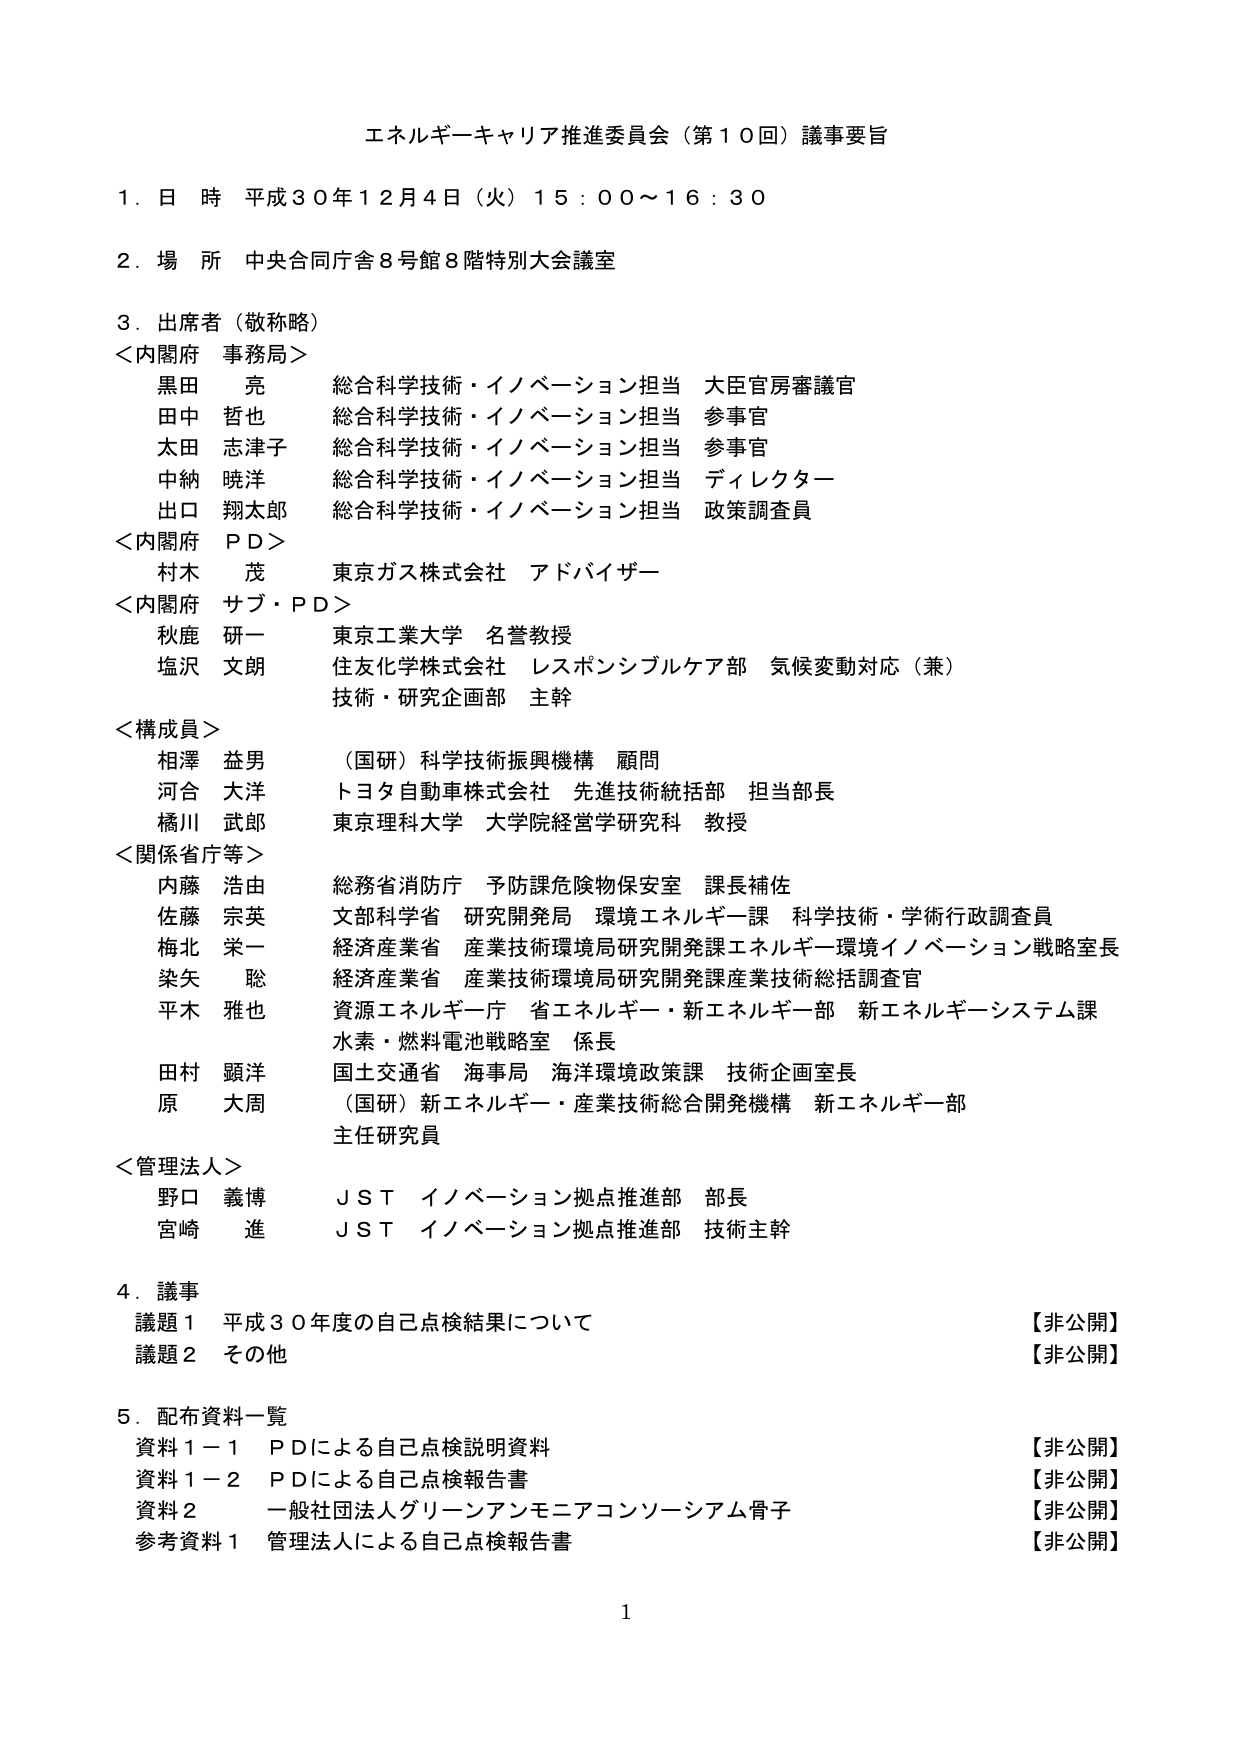
エネルギーーキャリア推進委員会（第１０回）議事要旨

１．日 時 平成３０年１２月４日（火）１５：００～１６：３０

２．場 所 中央合同庁舎８号館８階特別大会議室

３．出席者（敬称略）
＜内閣府 事務局＞
黒田 亮 総合科学技術・イノベーション担当 大臣官房審議官
田中 哲也 総合科学技術・イノベーション担当 参事官
太田 志津子 総合科学技術・イノベーション担当 参事官
中納 暁洋 総合科学技術・イノベーション担当 ディレクター
出口 翔太郎 総合科学技術・イノベーション担当 政策調査員

＜内閣府 ＰＤ＞
村木 茂 東京ガス株式会社 アドバイザー

＜内閣府 サブ・ＰＤ＞
秋鹿 研一 東京工業大学 名誉教授
塩沢 文朗 住友化学株式会社 レスポンシブルケア部 気候変動対応（兼）技術・研究企画部 主幹

＜構成員＞
相澤 益男 （国研）科学技術振興機構 顧問
河合 大洋 トヨタ自動車株式会社 先進技術統括部 担当部長
橘川 武郎 東京理科大学 大学院経営学研究科 教授

＜関係省庁等＞
内藤 浩由 総務省消防庁 予防課危険物保安室 課長補佐
佐藤 宗英 文部科学省 研究開発局 環境エネルギー課 科学技術・学術行政調査員
梅北 栄一 経済産業省 産業技術環境局研究開発課エネルギー環境イノベーション戦略室長
染矢 聡 経済産業省 産業技術環境局研究開発課産業技術総括調査官
平木 雅也 資源エネルギー庁 省エネルギー・新エネルギー一部 新エネルギーシステム課 水素・燃料電池戦略室 係長
田村 顕洋 国土交通省 海事局 海洋環境政策課 技術企画室長
原 大周 （国研）新エネルギー・産業技術総合開発機構 新エネルギー一部 主任研究員

＜管理法人＞
野口 義博 ＪＳＴ イノベーション拠点推進部 部長
宮崎 進 ＪＳＴ イノベーション拠点推進部 技術主幹

４．議事
議題１ 平成３０年度の自己点検結果について 【非公開】
議題２ その他 【非公開】

５．配布資料一覧
資料１－１ ＰＤによる自己点検説明資料 【非公開】
資料１－２ ＰＤによる自己点検報告書 【非公開】
資料２ 一般社団法人グリーンアンモニアコンソーシアム骨子 【非公開】
参考資料１ 管理法人による自己点検報告書 【非公開】

1